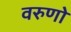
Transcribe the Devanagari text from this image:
वरुणो